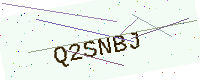
Text: Q2SNBJ